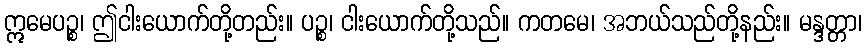
ဣမေပဉ္စ၊ ဤငါးယောက်တို့တည်း။ ပဉ္စ၊ ငါးယောက်တို့သည်။ ကတမေ၊ အဘယ်သည်တို့နည်း။ မန္ဒတ္တာ၊